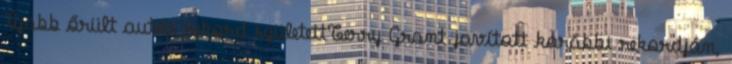
Újabb őrült autós rekord születettTerry Grant javított korábbi rekordján,